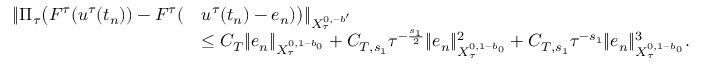
\begin{array} { r l } { \Vert \Pi _ { \tau } \bigl ( F ^ { \tau } ( u ^ { \tau } ( t _ { n } ) ) - F ^ { \tau } ( } & { u ^ { \tau } ( t _ { n } ) - e _ { n } ) \bigr ) \Vert _ { X _ { \tau } ^ { 0 , - b ^ { \prime } } } } \\ & { \leq C _ { T } \| e _ { n } \| _ { X _ { \tau } ^ { 0 , 1 - b _ { 0 } } } + C _ { T , s _ { 1 } } \tau ^ { - { \frac { s _ { 1 } } { 2 } } } \| e _ { n } \| _ { X _ { \tau } ^ { 0 , 1 - b _ { 0 } } } ^ { 2 } + C _ { T , s _ { 1 } } \tau ^ { - s _ { 1 } } \| e _ { n } \| _ { X _ { \tau } ^ { 0 , 1 - b _ { 0 } } } ^ { 3 } . } \end{array}